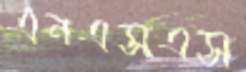
এনএসএস